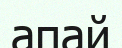
апай